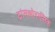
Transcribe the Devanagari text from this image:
ट्रांसथोरासिक